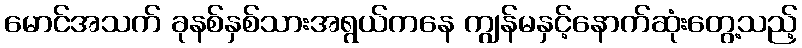
မောင်အသက် ခုနစ်နှစ်သားအရွယ်ကနေ ကျွန်မနှင့်နောက်ဆုံးတွေ့သည့်